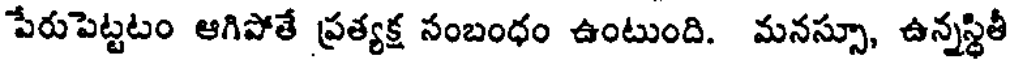
పేరుపెట్టటం ఆగిపోతే ప్రత్యక్ష సంబంధం ఉంటుంది. మనస్సూ, ఉన్నస్థితీ